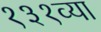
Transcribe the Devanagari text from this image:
१३१व्या